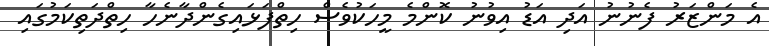
އެ މަންޒަރު ފެނުނު އަދި އަޑު އިވުނު ކޮންމެ މީހަކުވެސް ހިތްފަޅައިގެންދާނެހާ ހިތްދަތިކަމުގައި